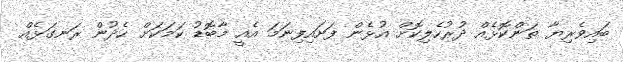
ބައިވެރިޔާ ތަންކޮޅެއް ދުރުހެލިކޮށް އުޅެން ފަށައިފިނަމަ އެއީ މާބޮޑު ކަމަކަށް ހެދުން ރަނގަޅެއް